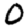
Digit: 0